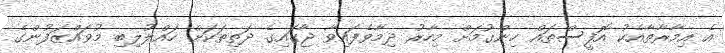
އެ އިމާރާތާއެކު އޮފީސްތައް ހިންގުމަށް މިހާރު ދިމާވެފައިވާ ޖާގައިގެ ދަތިތަކަށް ހައްލުލިބި މުވައްޒަފުންގެ